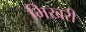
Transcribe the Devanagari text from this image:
भिखरी